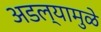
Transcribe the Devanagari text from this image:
अडल्यामुळे